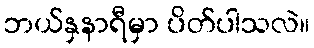
ဘယ်နှနာရီမှာ ပိတ်ပါသလဲ။